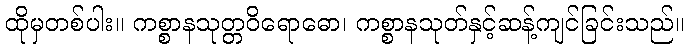
ထိုမှတစ်ပါး။ ကစ္စာနသုတ္တဝိရောဓော၊ ကစ္စာနသုတ်နှင့်ဆန့်ကျင်ခြင်းသည်။